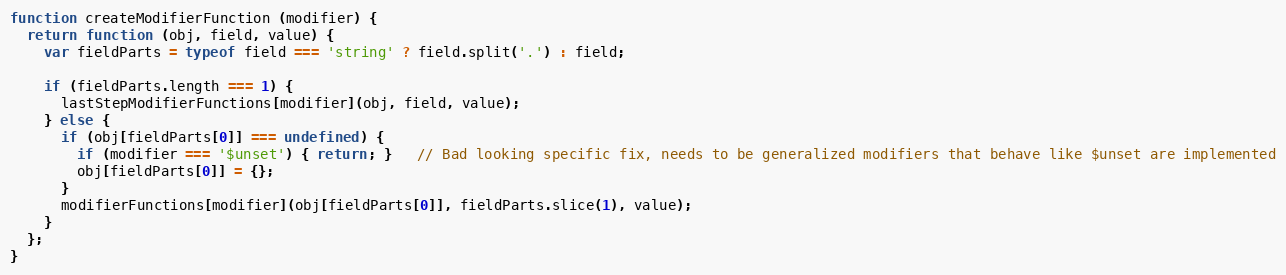
Language: JavaScript
function createModifierFunction (modifier) {
  return function (obj, field, value) {
    var fieldParts = typeof field === 'string' ? field.split('.') : field;

    if (fieldParts.length === 1) {
      lastStepModifierFunctions[modifier](obj, field, value);
    } else {
      if (obj[fieldParts[0]] === undefined) {
        if (modifier === '$unset') { return; }   // Bad looking specific fix, needs to be generalized modifiers that behave like $unset are implemented
        obj[fieldParts[0]] = {};
      }
      modifierFunctions[modifier](obj[fieldParts[0]], fieldParts.slice(1), value);
    }
  };
}